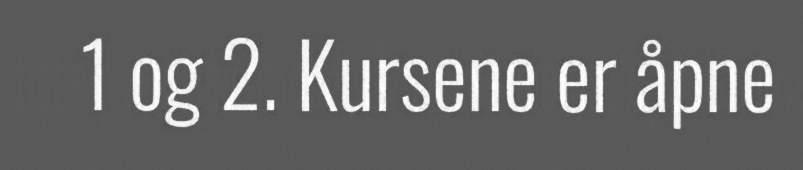
1 og 2. Kursene er åpne